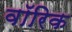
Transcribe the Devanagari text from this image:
वॉरिक